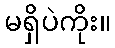
မရှိပဲကိုး။